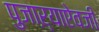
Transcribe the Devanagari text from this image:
पुजाऱ्याऐवजी